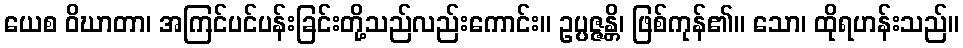
ယေစ ဝိဃာတာ၊ အကြင်ပင်ပန်းခြင်းတို့သည်လည်းကောင်း။ ဥပ္ပဇ္ဇန္တိ၊ ဖြစ်ကုန်၏။ သော၊ ထိုရဟန်းသည်။